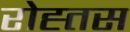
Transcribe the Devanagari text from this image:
रोह्तस